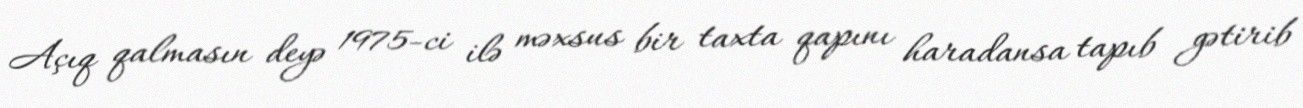
Açıq qalmasın deyə 1975-ci ilə məxsus bir taxta qapını haradansa tapıb gətirib